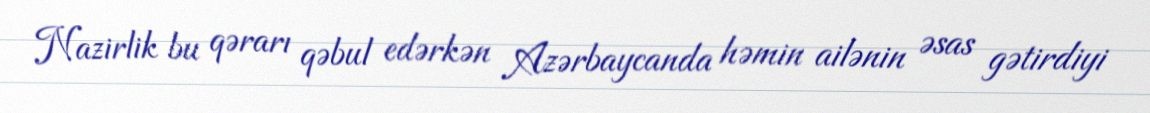
Nazirlik bu qərarı qəbul edərkən Azərbaycanda həmin ailənin əsas gətirdiyi